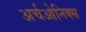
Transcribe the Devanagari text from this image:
अर्चओनिक्स